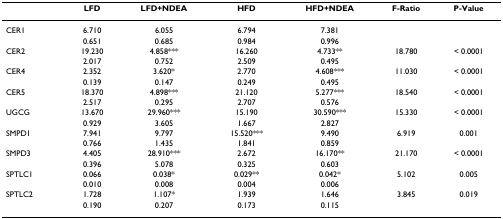
<table><thead><tr><td></td><td><b>LFD</b></td><td><b>LFD+NDEA</b></td><td><b>HFD</b></td><td><b>HFD+NDEA</b></td><td><b>F-Ratio</b></td><td><b>P-Value</b></td></tr></thead><tbody><tr><td>CER1</td><td>6.710</td><td>6.055</td><td>6.794</td><td>7.381</td><td></td><td></td></tr><tr><td></td><td>0.651</td><td>0.685</td><td>0.984</td><td>0.996</td><td></td><td></td></tr><tr><td>CER2</td><td>19.230</td><td>4.858***</td><td>16.260</td><td>4.733**</td><td>18.780</td><td>&lt; 0.0001</td></tr><tr><td></td><td>2.017</td><td>0.752</td><td>2.509</td><td>0.495</td><td></td><td></td></tr><tr><td>CER4</td><td>2.352</td><td>3.620*</td><td>2.770</td><td>4.608***</td><td>11.030</td><td>&lt; 0.0001</td></tr><tr><td></td><td>0.139</td><td>0.147</td><td>0.249</td><td>0.495</td><td></td><td></td></tr><tr><td>CER5</td><td>18.370</td><td>4.898***</td><td>21.120</td><td>5.277***</td><td>18.540</td><td>&lt; 0.0001</td></tr><tr><td></td><td>2.517</td><td>0.295</td><td>2.707</td><td>0.576</td><td></td><td></td></tr><tr><td>UGCG</td><td>13.670</td><td>29.960***</td><td>15.190</td><td>30.590***</td><td>15.330</td><td>&lt; 0.0001</td></tr><tr><td></td><td>0.929</td><td>3.605</td><td>1.667</td><td>2.827</td><td></td><td></td></tr><tr><td>SMPD1</td><td>7.941</td><td>9.797</td><td>15.520***</td><td>9.490</td><td>6.919</td><td>0.001</td></tr><tr><td></td><td>0.766</td><td>1.435</td><td>1.841</td><td>0.859</td><td></td><td></td></tr><tr><td>SMPD3</td><td>4.405</td><td>28.910***</td><td>2.672</td><td>16.170**</td><td>21.170</td><td>&lt; 0.0001</td></tr><tr><td></td><td>0.396</td><td>5.078</td><td>0.325</td><td>0.603</td><td></td><td></td></tr><tr><td>SPTLC1</td><td>0.066</td><td>0.038*</td><td>0.029**</td><td>0.042*</td><td>5.102</td><td>0.005</td></tr><tr><td></td><td>0.010</td><td>0.008</td><td>0.004</td><td>0.006</td><td></td><td></td></tr><tr><td>SPTLC2</td><td>1.728</td><td>1.107*</td><td>1.939</td><td>1.646</td><td>3.845</td><td>0.019</td></tr><tr><td></td><td>0.190</td><td>0.207</td><td>0.173</td><td>0.115</td><td></td><td></td></tr></tbody></table>